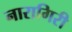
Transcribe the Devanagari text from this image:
नारागिरी